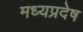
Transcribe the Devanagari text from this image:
मध्यप्रदेष